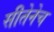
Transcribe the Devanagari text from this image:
सीतेनेच